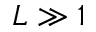
L \gg 1